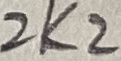
Text: 2K2